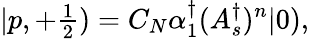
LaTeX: |p,+{\textstyle\frac 12})=C_{N}\alpha_{1}^{\dagger}(A_{s}^{\dagger})^{n}|0),